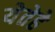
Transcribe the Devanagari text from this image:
येतेहे